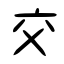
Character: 交